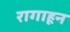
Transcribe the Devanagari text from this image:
रागाहून